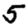
Digit: 5